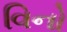
વિનો